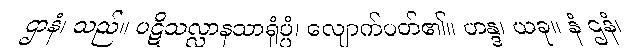
ဌာနံ၊ သည်။ ပဋိသလ္လာနသာရုံပ္ပံ၊ လျောက်ပတ်၏။ ဟန္ဒ၊ ယခု။ နံ ဌနံ၊